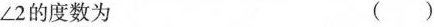
∠2的度数为 ( )